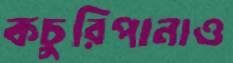
কচুরিপানাও